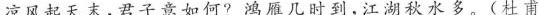
凉风起天末，君子意如何?鸿雁几时到，江湖秋水多。(杜甫